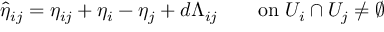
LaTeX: \hat { \eta } _ { i j } = \eta _ { i j } + \eta _ { i } - \eta _ { j } + d \Lambda _ { i j } \qquad \mathrm { o n ~ } U _ { i } \cap { } U _ { j } \neq \emptyset